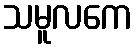
သမူလကေ